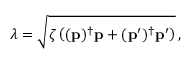
\lambda = \sqrt { \zeta \left( ( \mathbf { p } ) ^ { \dagger } \mathbf { p } + ( \mathbf { p } ^ { \prime } ) ^ { \dagger } \mathbf { p } ^ { \prime } \right) } \, ,